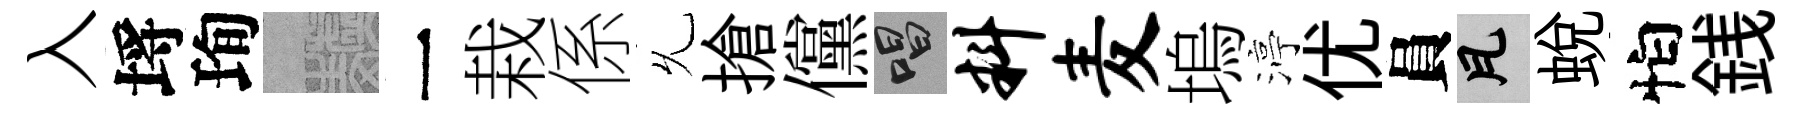
入埓珣熙一栽係𠃔搶儻唱料麦塢渟优員瓦蛻怕銭